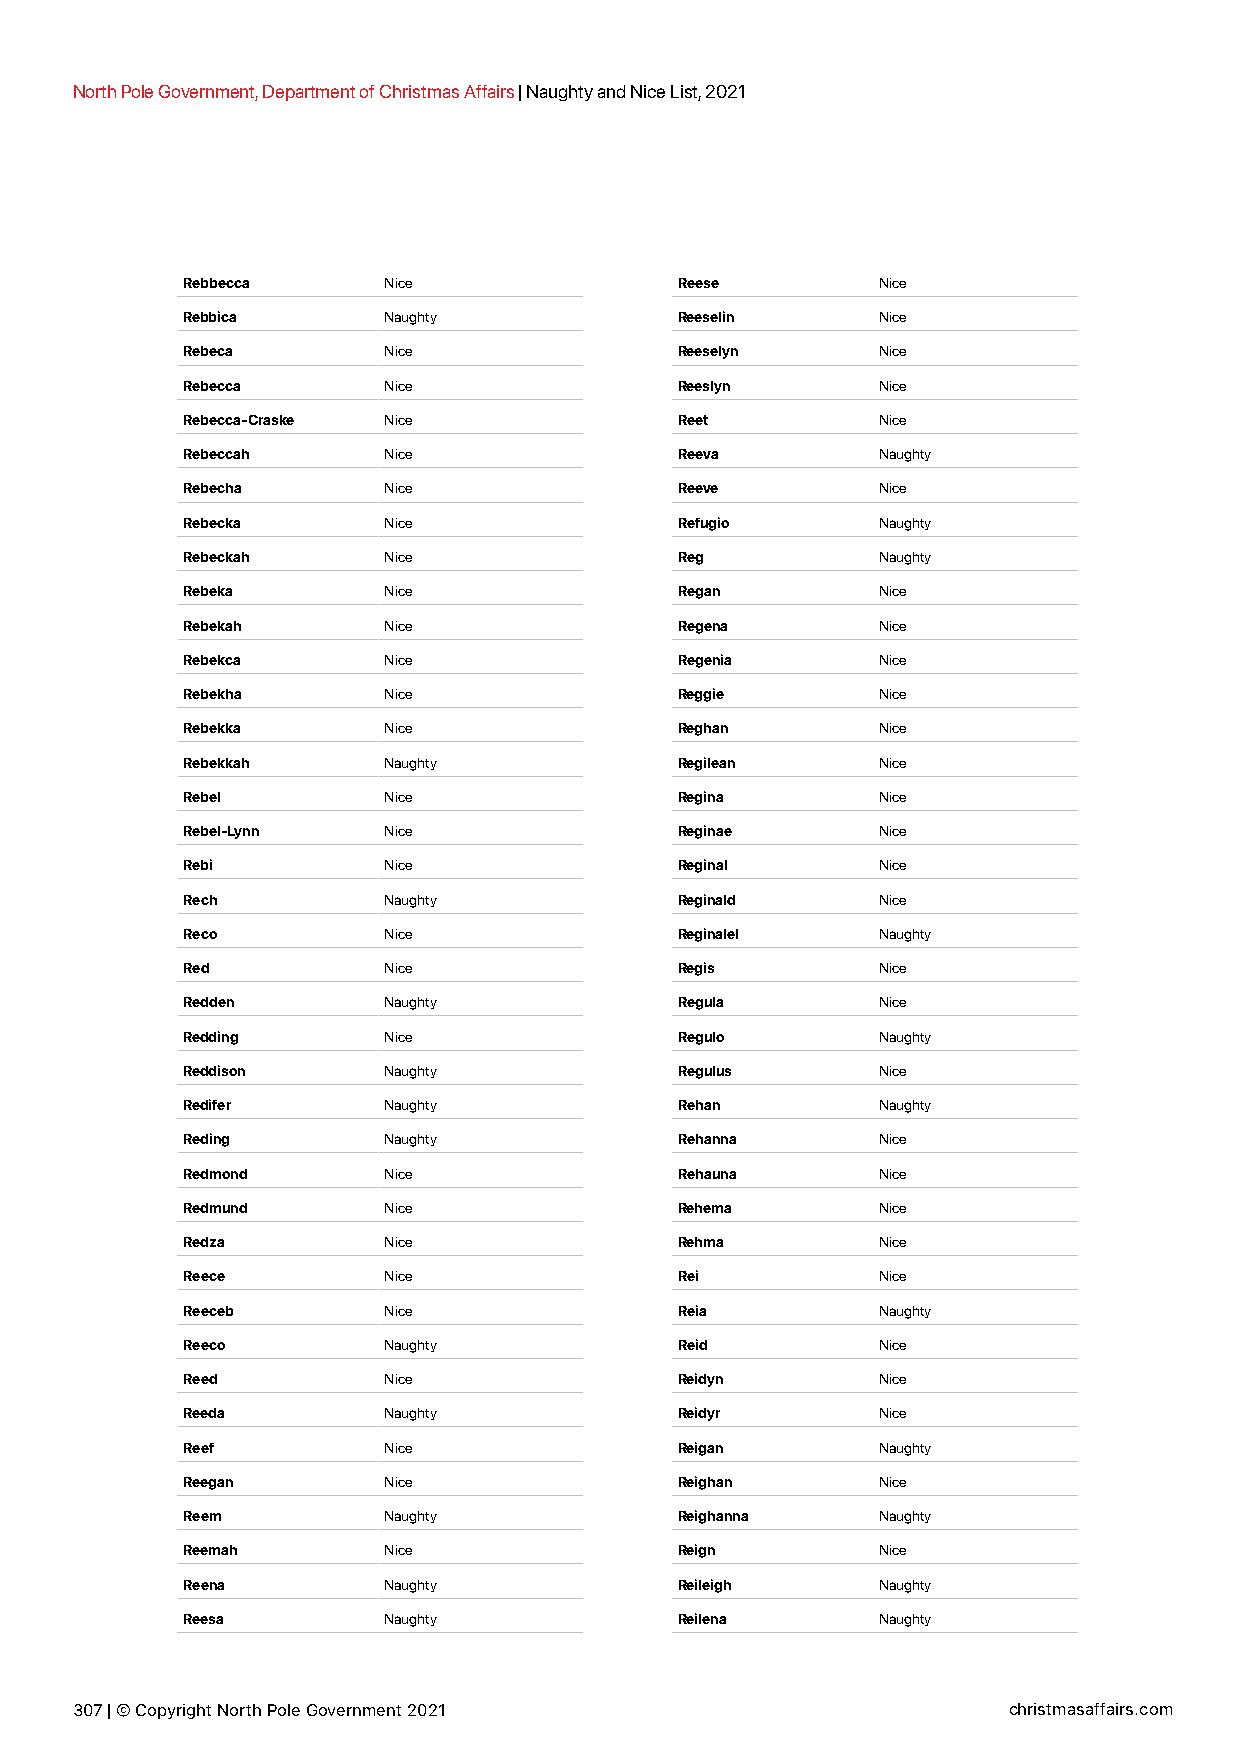
North Pole Government, Department of Christmas Affairs | Naughty and Nice List, 2021
 Rebbecca     Nice                Reese        Nice
 Rebbica      Naughty             Reeselin     Nice
 Rebeca       Nice                Reeselyn     Nice
 Rebecca      Nice                Reeslyn      Nice
 Rebecca-Craske Nice              Reet         Nice
 Rebeccah     Nice                Reeva        Naughty
 Rebecha      Nice                Reeve        Nice
 Rebecka      Nice                Refugio      Naughty
 Rebeckah     Nice                Reg          Naughty
 Rebeka       Nice                Regan        Nice
 Rebekah      Nice                Regena       Nice
 Rebekca      Nice                Regenia      Nice
 Rebekha      Nice                Reggie       Nice
 Rebekka      Nice                Reghan       Nice
 Rebekkah     Naughty             Regilean     Nice
 Rebel        Nice                Regina       Nice
 Rebel-Lynn   Nice                Reginae      Nice
 Rebi         Nice                Reginal      Nice
 Rech         Naughty             Reginald     Nice
 Reco         Nice                Reginalel    Naughty
 Red          Nice                Regis        Nice
 Redden       Naughty             Regula       Nice
 Redding      Nice                Regulo       Naughty
 Reddison     Naughty             Regulus      Nice
 Redifer      Naughty             Rehan        Naughty
 Reding       Naughty             Rehanna      Nice
 Redmond      Nice                Rehauna      Nice
 Redmund      Nice                Rehema       Nice
 Redza        Nice                Rehma        Nice
 Reece        Nice                Rei          Nice
 Reeceb       Nice                Reia         Naughty
 Reeco        Naughty             Reid         Nice
 Reed         Nice                Reidyn       Nice
 Reeda        Naughty             Reidyr       Nice
 Reef         Nice                Reigan       Naughty
 Reegan       Nice                Reighan      Nice
 Reem         Naughty             Reighanna    Naughty
 Reemah       Nice                Reign        Nice
 Reena        Naughty             Reileigh     Naughty
 Reesa        Naughty             Reilena      Naughty
 307 | © Copyright North Pole Government 2021                  christmasaffairs.com